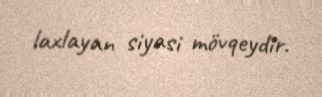
laxlayan siyasi mövqeydir.